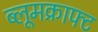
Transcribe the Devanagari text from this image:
ब्लूमक्राफ्ट